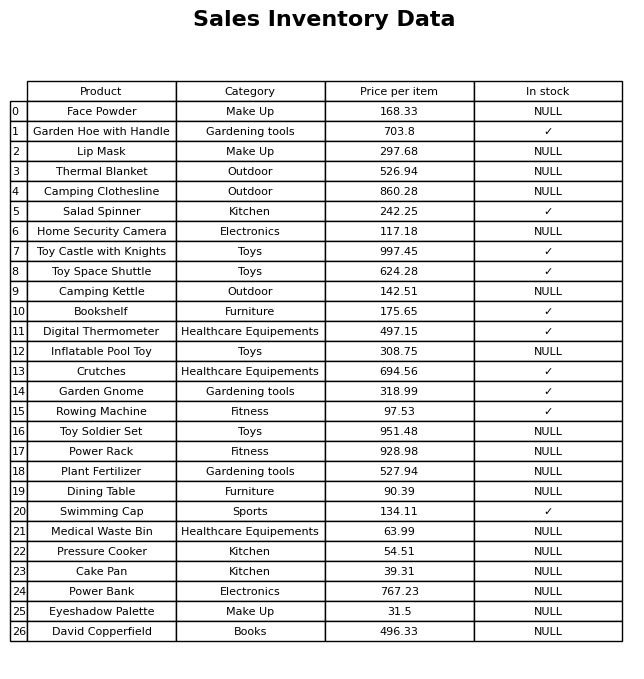
question: What is the price of the Thermal Blanket?
answer: The price of Thermal Blanket is 526.94.